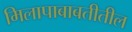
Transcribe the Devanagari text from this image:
मिलापाबाबतीतील